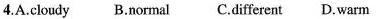
4.A.Cloudy B.Normal C.Different D.Warm